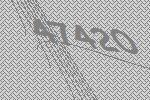
47420